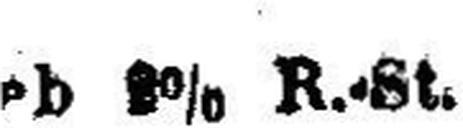
eb 8% R.-St.